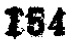
$154$